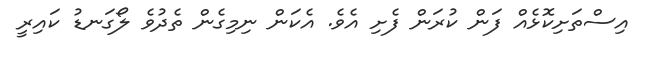
އިސްތަށިކޮޅެއް ފަން ކުރަން ފެށި އެވެ. އެކަން ނިމިގެން ތެދުވެ ލޯގަނޑު ކައިރީ